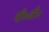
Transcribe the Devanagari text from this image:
पी॰बी॰